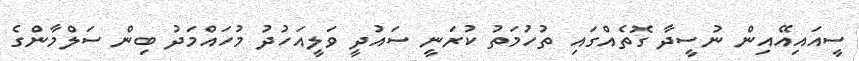
ސީއައިއޭއިން ނުސީދާ ގޮތެއްގައި ތުހުމަތު ކުރަނީ ސައުދީ ވަލީއަހުދު މުހައްމަދު ބިން ސަލްމާންގެ